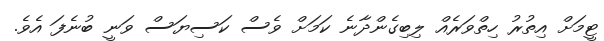
ޓީމަށް އިތުރު ހިތްވަރެެއް ލިބިގެންދާނެ ކަމަށް ވެސް ކަސިޔަސް ވަނީ ބުނެފަ އެވެ.